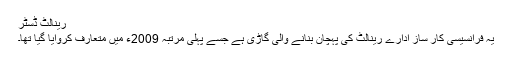
رینالٹ ڈسٹر
یہ فرانسیسی کار ساز ادارے رینالٹ کی پہچان بنانے والی گاڑی ہے جسے پہلی مرتبہ 2009ء میں متعارف کروایا گیا تھا۔